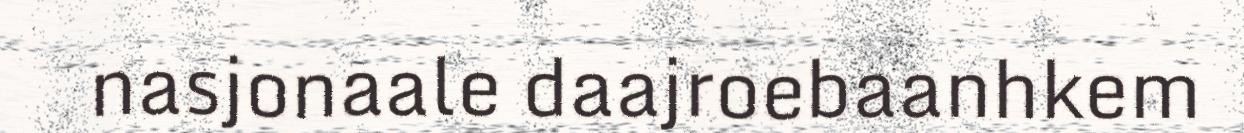
nasjonaale daajroebaanhkem